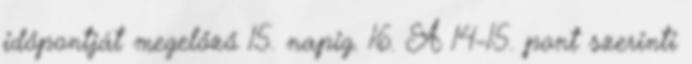
időpontját megelőző 15. napig. 16. A 14–15. pont szerinti